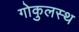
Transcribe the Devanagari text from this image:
गोकुलस्थ